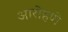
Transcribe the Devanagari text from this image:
आरोहणे